Report of the Indian Hemp Drugs Commission, 1894-1895 - Volume V
Year: 1894
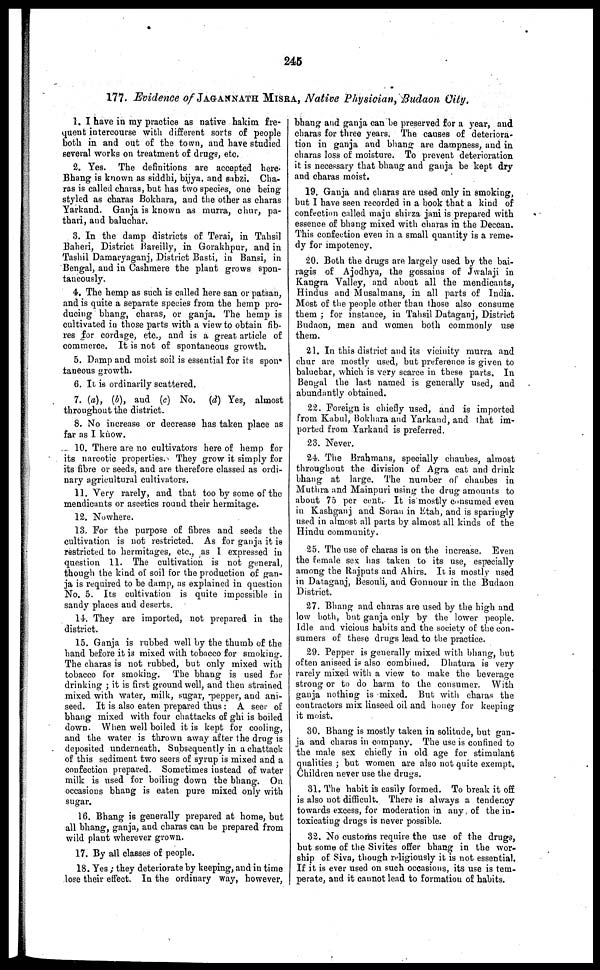
245
177. Evidence of JAGANNATH MISRA, Native Physician, Budaon City.
1. I have in my practice as native hakim fre-
quent intercourse with different sorts of people
both in and out of the town, and have studied
several works on treatment of drugs, etc.
2. Yes. The definitions are accepted here
Bhang is known as siddhi, bijya, and subzi. Cha-
ras is called charas, but has two species, one being
styled as charas Bokhara, and the other as charas
Yarkand. Ganja is known as murra, chur, pa-
thari, and baluchar.
3. In the damp districts of Terai, in Tahsil
Baheri, District Bareilly, in Gorakhpur, and in
Tashil Damaryaganj, District Basti, in Bansi, in
Bengal, and in Cashmere the plant grows spon-
taneously.
4. The hemp as such is called here san or patsan,
and is quite a separate species from the hemp pro-
ducing bhang, charas, or ganja. The hemp is
cultivated in those parts with a view to obtain fib-
res for cordage, etc., and is a great article of
commerce. It is not of spontaneous growth.
5. Damp and moist soil is essential for its spon-
taneous growth.
6. It. is ordinarily scattered.
7. (a), (b), and (c) No. (d) Yes, almost
throughout the district.
8. No increase or decrease has taken place as
far as I know.
10. There are no cultivators here of hemp for
its narcotic properties. They grow it simply for
its fibre or seeds, and are therefore classed as ordi-
nary agricultural cultivators.
11. Very rarely, and that too by some of the
mendicants or ascetics round their hermitage.
12. Nowhere.
13. For the purpose of fibres and seeds the
cultivation is not restricted. As for ganja it is
restricted to hermitages, etc., as 1 expressed in
question 11. The cultivation is not general,
though the kind of soil for the production of gan-
ja is required to be damp, as explained in question
No. 5. Its cultivation is quite impossible in
sandy places and deserts.
14. They are imported, not prepared in the
district.
15. Ganja is rubbed well by the thumb of the
hand before it is mixed with tobacco for smoking.
The charas is not rubbed, but only mixed with
tobacco for smoking. The bhang is used for
drinking ; it is first ground well, and then strained
mixed with water, milk, sugar, pepper, and ani-
seed. It is also eaten prepared thus : A seer of
bhang mixed with four chattacks of ghi is boiled
down. When well boiled it is kept for cooling,
and the water is thrown away after the drug is
deposited underneath. Subsequently in a chattack
of this sediment two seers of syrup is mixed and a
confection prepared. Sometimes instead of water
milk is used for boiling down the bhang. On
occasions bhang is eaten pure mixed only with
sugar.
16. Bhang is generally prepared at home, but
all bhang, ganja, and charas can be prepared from
wild plant wherever grown.
17. By all classes of people.
18. Yes ; they deteriorate by keeping, and in time
lose their effect. In the ordinary way, however,
bhang and ganja can be preserved for a year, and
charas for three years. The causes of deteriora-
tion in ganja and bhang are dampness, and in
charas loss of moisture. To prevent deterioration
it is necessary that bhang and ganja be kept dry
and charas moist.
19. Ganja and charas are used only in smoking,
but I have seen recorded in a book that a kind of
confection called maju shirza jani is prepared with
essence of bhang mixed with charas in the Deccan.
This confection even in a small quantity is a reme-
dy for impotency.
20. Both the drugs are largely used by the bai-
ragis of Ajodhya, the gossains of Jwalaji in
Kangra Valley, and about all the mendicants,
Hindus and Musalmans, in all parts of India.
Most of the people other than those also consume
them ; for instance, in Tahsil Dataganj, District
Budaon, men and women both commonly use
them.
21. In this district and its vicinity murra and
chur are mostly used, but preference is given to
baluchar, which is very scarce in these parts. In
Bengal the last named is generally used, and
abundantly obtained.
22. Foreign is chiefly used, and is imported
from Kabul, Bokhara and Yarkand, and that im-
ported from Yarkand is preferred.
23. Never.
24. The Brahmans, specially chaubes, almost
throughout the division of Agra eat and drink
bhang at large. The number of chaubes in
Muthra and Mainpuri using the drug amounts to
about 75 per cent. It is mostly consumed even
in Kashganj and Sorau in Etah, and is sparingly
used in almost all parts by almost all kinds of the
Hindu community.
25. The use of charas is on the increase. Even
the female sex has taken to its use, especially
among the Rajputs and Ahirs. It is mostly used
in Dataganj, Besouli, and Gonnour in the Budaon
District.
27. Bhang and charas are used by the high and
low both, but ganja only by the lower people.
Idle and vicious habits and the society of the con-
sumers of these drugs lead to the practice.
29. Pepper is generally mixed with bhang, but
often aniseed is also combined. Dhatura is very
rarely mixed with a view to make the beverage
strong or to do harm to the consumer. With
ganja nothing is mixed. But with charas the
contractors mix linseed oil and honey for keeping
it moist.
30. Bhang is mostly taken in solitude, but gan-
ja and charas in company. The use is confined to
the male sex chiefly in old age for stimulant
qualities ; but women are also not quite exempt.
Children never use the drugs.
31. The habit is easily formed. To break it off
is also not difficult. There is always a tendency
towards excess, for moderation in any of the in-
toxicating drugs is never possible.
32. No customs require the use of the drugs,
but some of the Sivites offer bhang in the wor-
ship of Siva, though religiously it is not essential.
If it is ever used on such occasions, its use is tem-
perate, and it cannot lead to formation of habits.